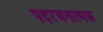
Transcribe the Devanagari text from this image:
पदरचनात्मक